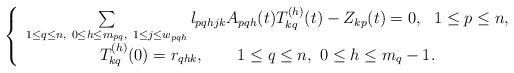
\begin{align*} \left\{ \begin{array}{c} \sum\limits_{1\leq q\leq n,\ 0\leq h\leq m_{pq},\ 1\leq j\leq w_{pqh}}l_{pqhjk}A_{pqh}(t)T_{kq}^{(h)}(t)-Z_{kp}(t)=0,\ \ 1\leq p\leq n,\\ T^{(h)}_{kq}(0)=r_{qhk},\ \ \ \ \ \ 1\leq q\leq n,\ 0\leq h\leq m_q-1. \end{array} \right. \end{align*}